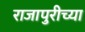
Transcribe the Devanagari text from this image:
राजापुरीच्या